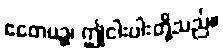
ဧတေပဉ္စ၊ ဤငါးပါးတို့သည်။